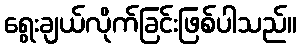
ရွေးချယ်လိုက်ခြင်းဖြစ်ပါသည်။